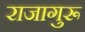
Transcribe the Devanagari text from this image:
राजागुरू